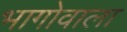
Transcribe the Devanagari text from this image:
भागोवाला